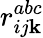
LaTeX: r_{ij\mathbf{k}}^{abc}